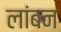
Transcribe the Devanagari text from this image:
लांबन